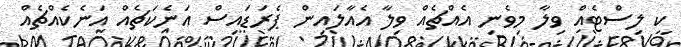
ކީ ލިސްޓެއް ވިލާ މިވެނި އެއްޗެއް ވިލާ އެއާލައިން ޕެރަޑައިސް އަނެކަޗެއް އަނެކެއްޗެއް